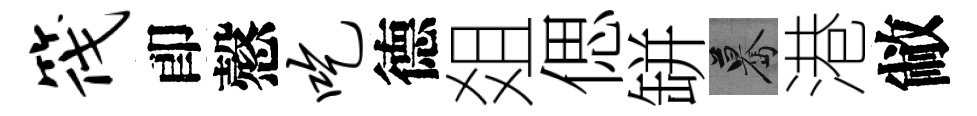
筏卽慤吃德爼偲缾驀港敝